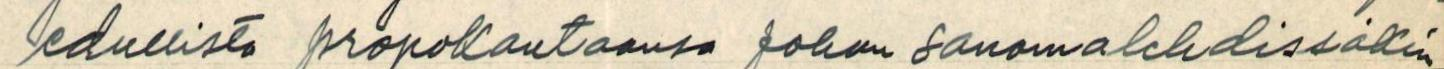
edullista propakantaansa johon sanomalehdissäkin